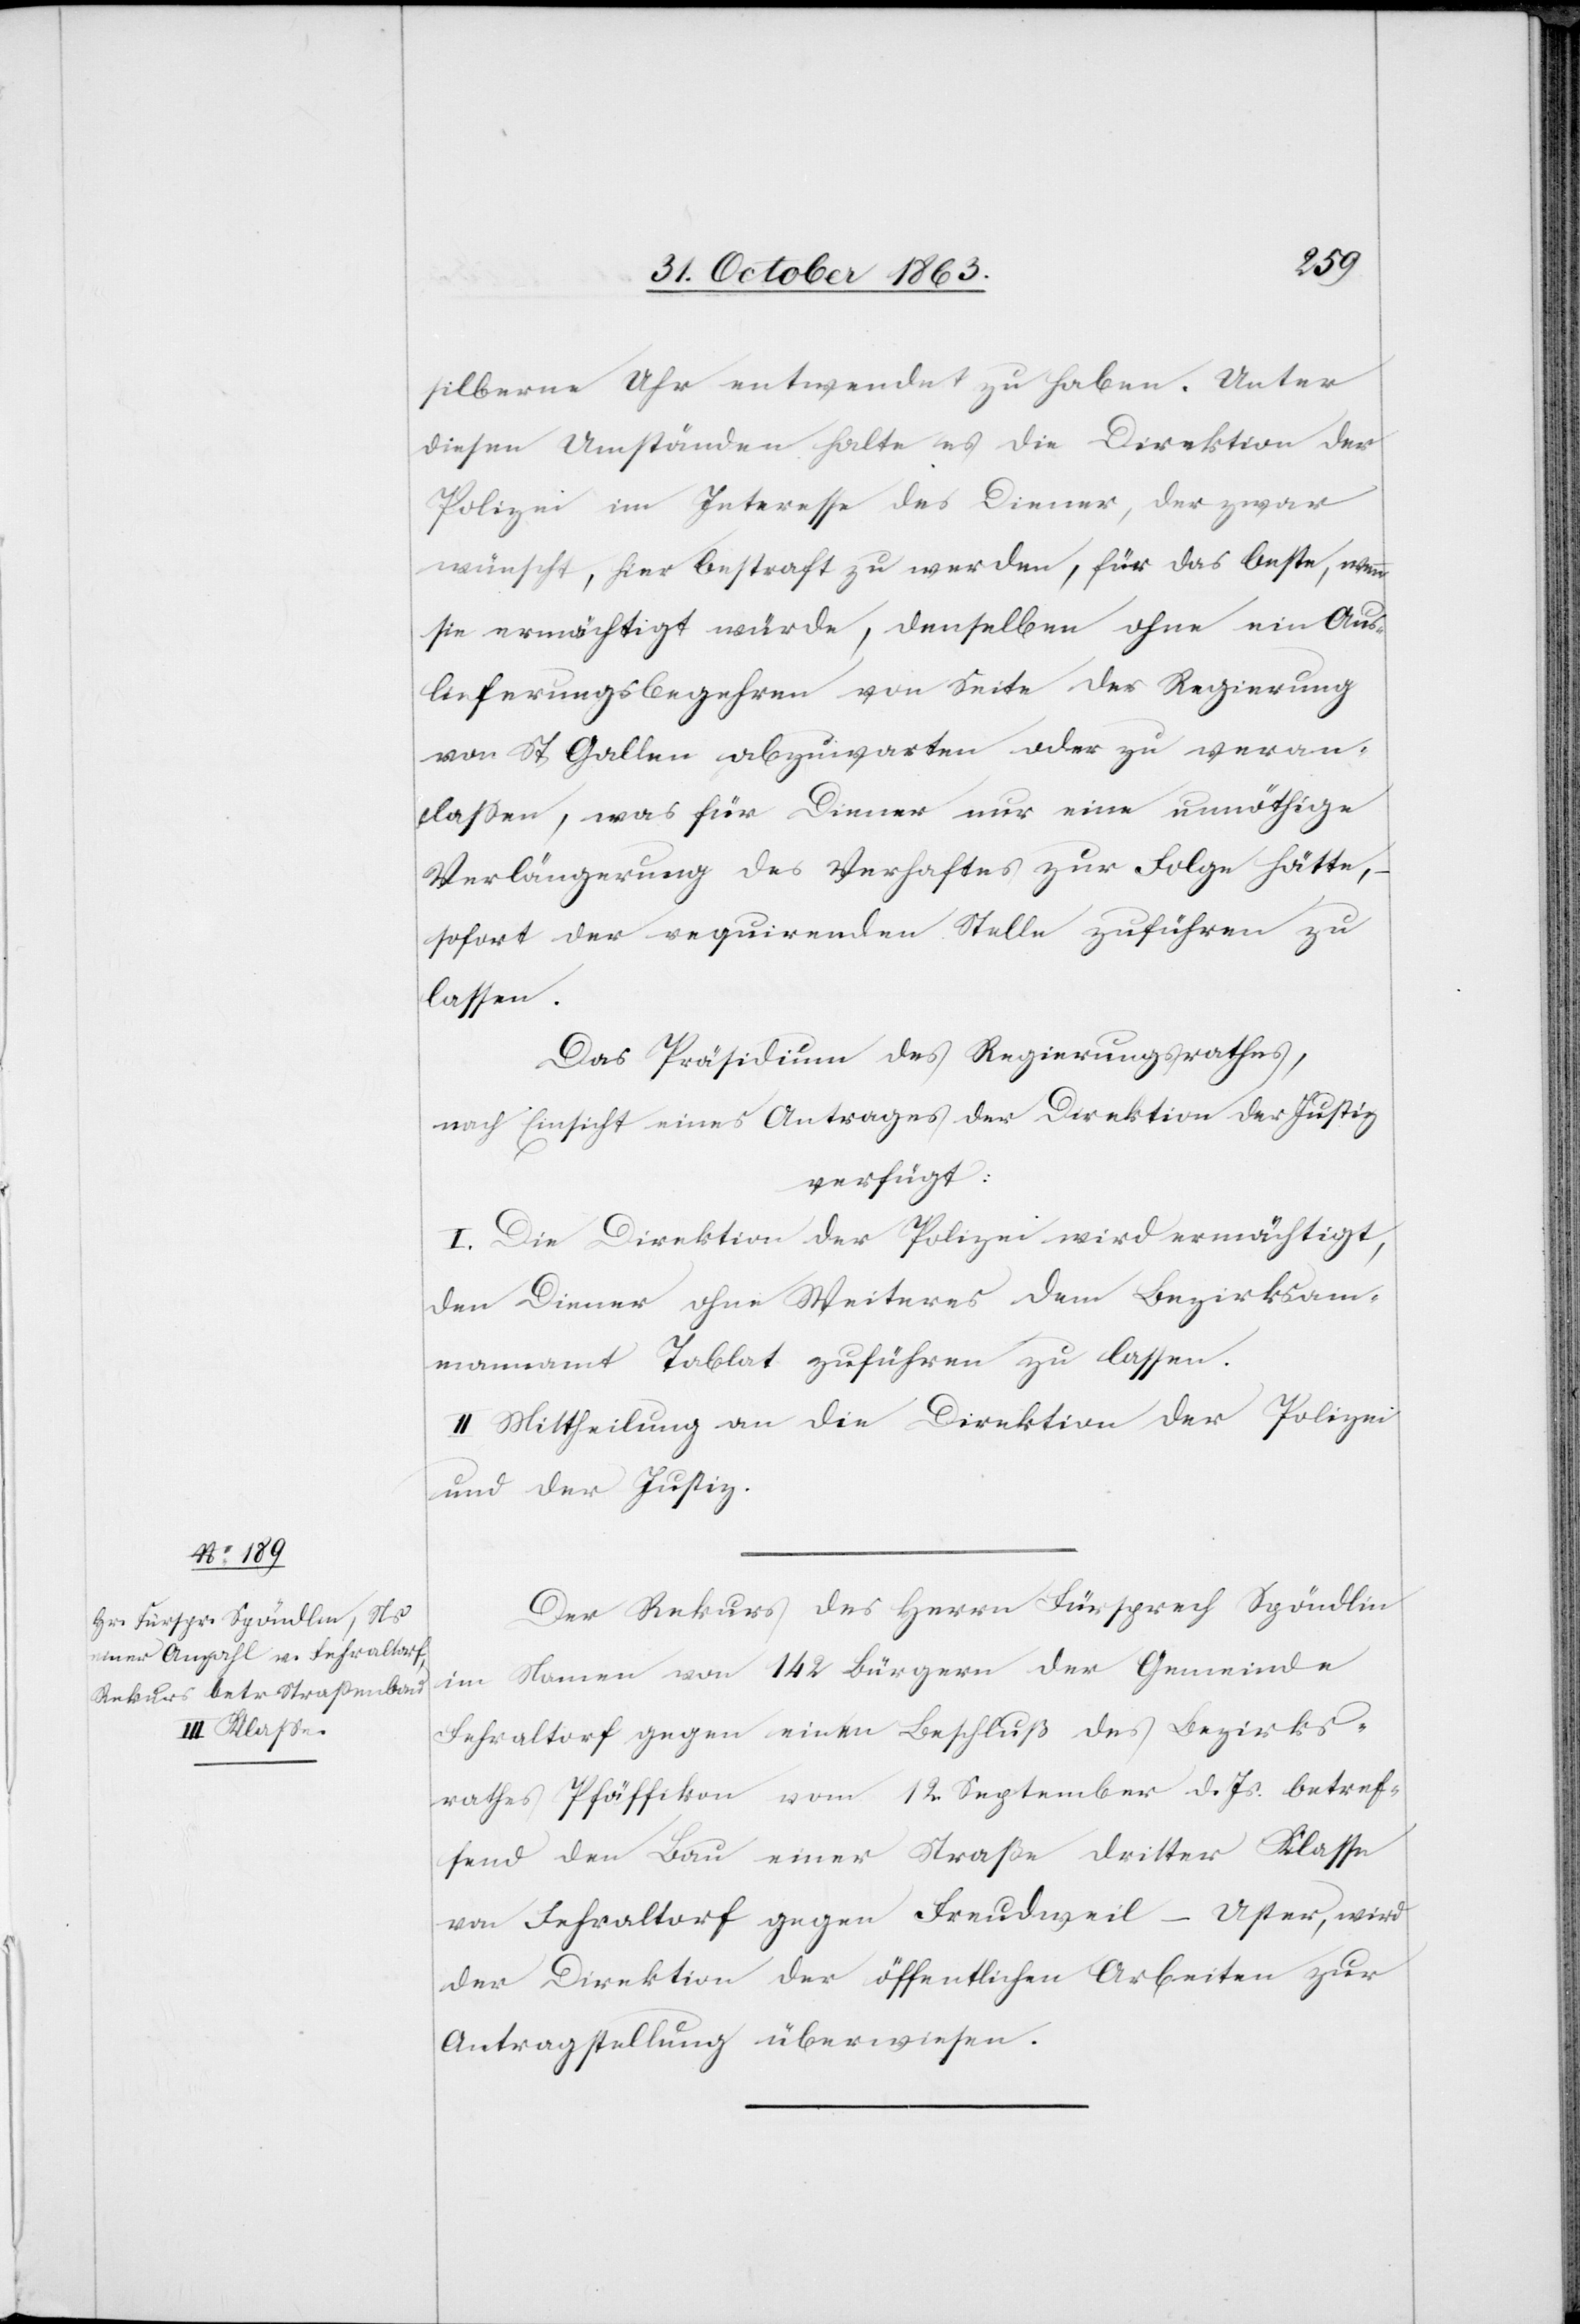
silberne Uhr entwendet zu haben. Unter
diesen Umständen halte es die Direktion der
Polizei im Interesse des Diener, der zwar
wünscht, hier bestraft zu werden, für das beste, wenn
sie ermächtigt würde, denselben ohne ein Aus¬
lieferungsbegehren von Seite der Regierung
von St. Gallen abzuwarten oder zu veran¬
lassen, was für Diener nur eine unnöthige
Verlängerung des Verhaftes zur Folge hätte,
sofort der requirenden Stelle zuführen zu
lassen.
Das Präsidium des Regierungsrathes,
nach Einsicht eines Antrages der Direktion der Justiz
verfügt:
I. Die Direktion der Polizei wird ermächtigt,
den Diener ohne Weiteres dem Bezirksam¬
mannamt Tablat zuführen zu lassen.
II. Mittheilung an die Direktion der Polizei
und der Justiz.
Der Rekurs des Herrn Fürsprech Spöndlin
im Namen von 142 Bürgern der Gemeinde
Fehraltorf gegen einen Beschluß des Bezirks¬
rathes Pfäffikon vom 12. September d. Js. betref¬
fend den Bau einer Straße dritter Klasse
von Fehraltorf gegen Freudweil-Uster, wird
der Direktion der öffentlichen Arbeiten zur
Antragstellung überwiesen.